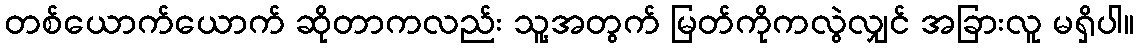
တစ်ယောက်ယောက် ဆိုတာကလည်း သူ့အတွက် မြတ်ကိုကလွဲလျှင် အခြားလူ မရှိပါ။